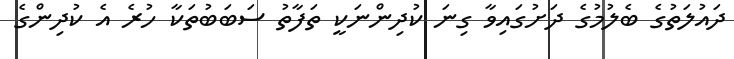
ދައުލަތުގެ ބެލުމުގެ ދަށުގައިވާ ގިނަ ކުދިންނަކީ ތަފާތު ސަބަބުތަކާ ހުރެ އެ ކުދިންގެ